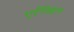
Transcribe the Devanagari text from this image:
एग्व्यिन